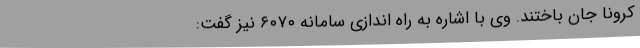
کرونا جان باختند. وی با اشاره به راه اندازی سامانه ۶۰۷۰ نیز گفت: